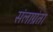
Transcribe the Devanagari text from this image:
संलाग्रंता